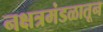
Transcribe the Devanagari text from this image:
नक्षत्रमंडळातून